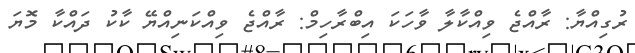
ރުގިއްޔާ: ރާއްޖެ ވިއްކާލާ ވާހަކަ އިބްރާހިމް: ރާއްޖެ ވިއްކަނިއްޔޭ ކާކު ދައްކާ މޮޔަ